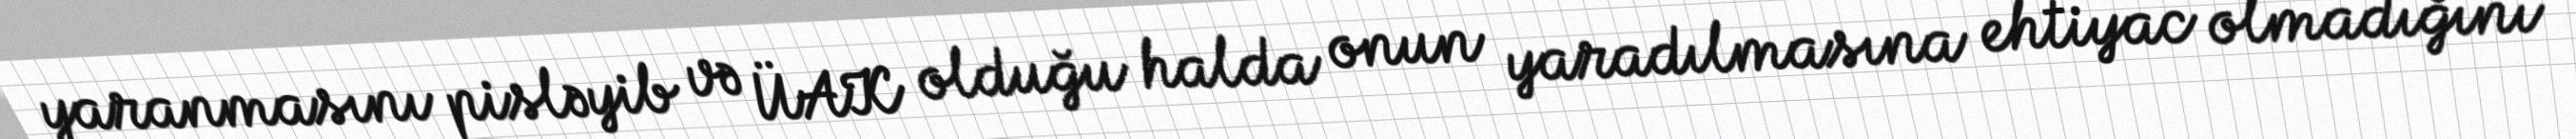
yaranmasını pisləyib və ÜAK olduğu halda onun yaradılmasına ehtiyac olmadığını